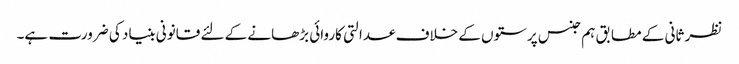
نظر ثانی کے مطابق ہم جنس پرستوں کے خلاف عدالتی کاروائی بڑھانے کے لئے قانونی بنیاد کی ضرورت ہے۔